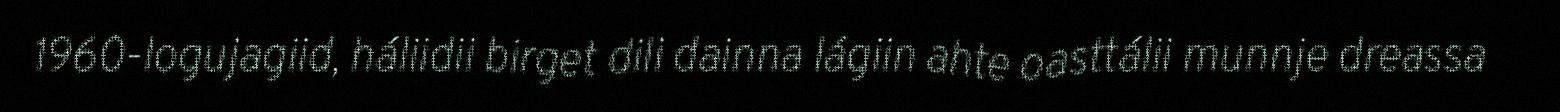
1960-logujagiid, háliidii birget dili dainna lágiin ahte oasttálii munnje dreassa